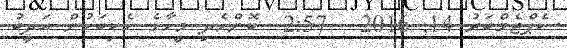
ސެޕްޓެމްބަރު 14